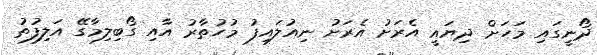
ދޯނީގައި މަހަށް ދިޔައީ އެރަށު އެރަށު ނިއުލައިފު މުހުތާރު އާއި ގޯބިލިމާގޭ އަލިފުތު